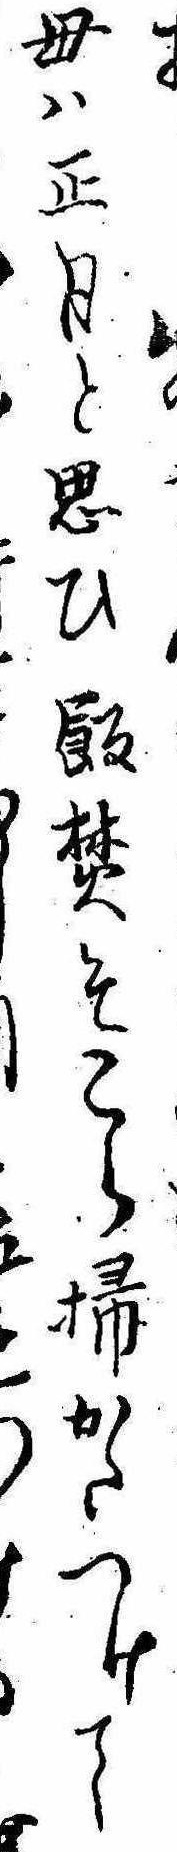
母は正月と思ひ飯焚そこら掃かたつけてを